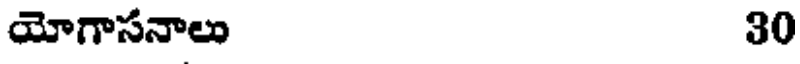
యోగాసనాలు 30